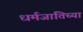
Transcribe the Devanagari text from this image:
धर्मजातिच्या